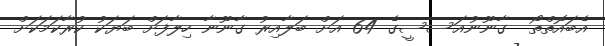
އެބައޮތްތޯ  ގާނޫނުއަސސީގެ 64 އަށް ބަލާއިރު ގާނޫނާ ހިލާފަށް ބަޔަކު ކުރާކަމަކަށް